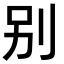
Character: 别